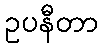
ဥပနီတာ